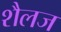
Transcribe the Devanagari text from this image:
शैलज